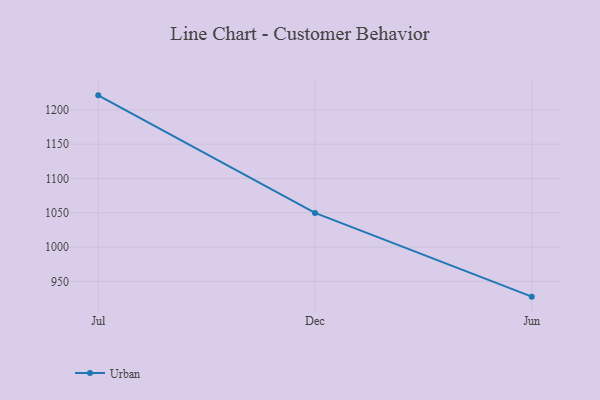
{"axis": {"x": "Month", "y": "Net Income (USD K)"}, "legend": ["Urban"], "data": [{"x": "Jul", "y": 1221.1, "type": "Urban"}, {"x": "Dec", "y": 1049.8, "type": "Urban"}, {"x": "Jun", "y": 927.8, "type": "Urban"}]}